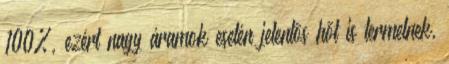
100%, ezért nagy áramok esetén jelentõs hõt is termelnek,